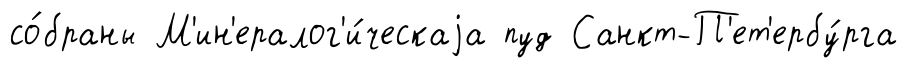
со́браны М'ин'ералог'и́ческаjа пуд Санкт-П'ет'ербу́рга